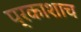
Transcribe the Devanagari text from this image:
प्रकाशाच